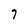
Character: 7